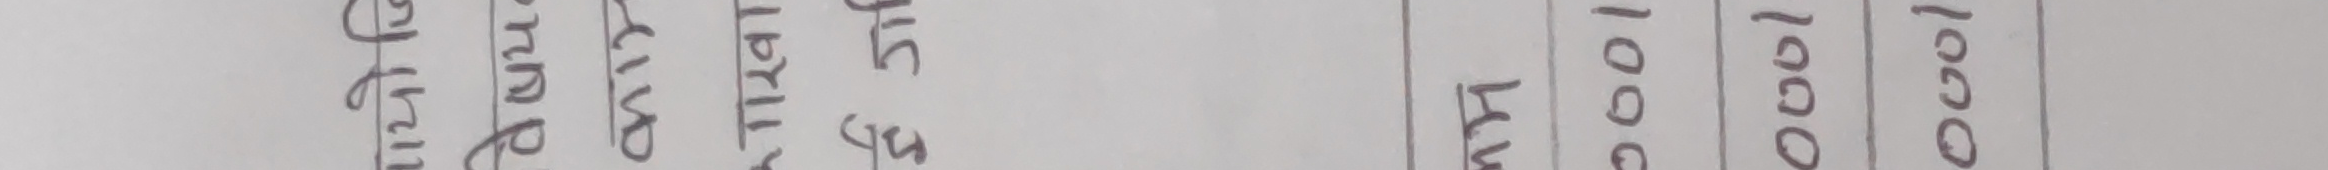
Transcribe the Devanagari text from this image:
मुदा जम्मा जरिवाना धरौटी अन्य १००० १००० १०००